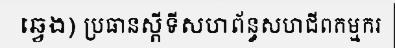
ឆ្វេង) ប្រធានស្តីទីសហព័ន្ធសហជីពកម្មករ